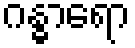
ဂန္ဓာရော